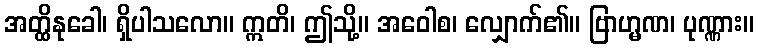
အတ္ထိနုခေါ၊ ရှိပါသလော။ ဣတိ၊ ဤသို့။ အဝေါစ၊ လျှောက်၏။ ဗြာဟ္မဏ၊ ပုဏ္ဏား။